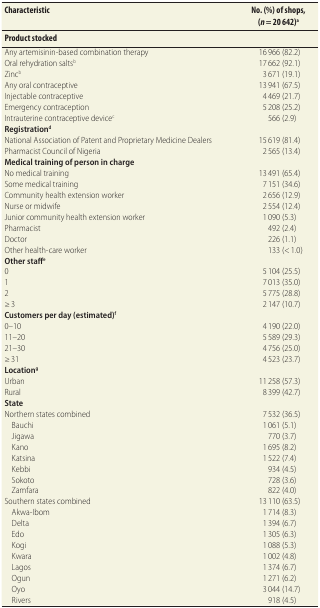
<table><thead><tr><td><b>Characteristic</b></td><td><b>No. (%) of shops, (<i>n</i> = 20 642)<sup>a</sup></b></td></tr><tr><td><b>Product stocked</b></td><td></td></tr></thead><tbody><tr><td>Any artemisinin-based combination therapy</td><td>16 966 (82.2)</td></tr><tr><td>Oral rehydration salts<sup>b</sup></td><td>17 662 (92.1)</td></tr><tr><td>Zinc<sup>b</sup></td><td>3 671 (19.1)</td></tr><tr><td>Any oral contraceptive</td><td>13 941 (67.5)</td></tr><tr><td>Injectable contraceptive</td><td>4 469 (21.7)</td></tr><tr><td>Emergency contraception</td><td>5 208 (25.2)</td></tr><tr><td>Intrauterine contraceptive device<sup>c</sup></td><td>566 (2.9)</td></tr><tr><td><b>Registration<sup>d</sup></b></td><td></td></tr><tr><td>National Association of Patent and Proprietary Medicine Dealers</td><td>15 619 (81.4)</td></tr><tr><td>Pharmacist Council of Nigeria</td><td>2 565 (13.4)</td></tr><tr><td><b>Medical training of person in charge</b></td><td></td></tr><tr><td>No medical training</td><td>13 491 (65.4)</td></tr><tr><td>Some medical training</td><td>7 151 (34.6)</td></tr><tr><td>Community health extension worker</td><td>2 656 (12.9)</td></tr><tr><td>Nurse or midwife</td><td>2 554 (12.4)</td></tr><tr><td>Junior community health extension worker</td><td>1 090 (5.3)</td></tr><tr><td>Pharmacist</td><td>492 (2.4)</td></tr><tr><td>Doctor</td><td>226 (1.1)</td></tr><tr><td>Other health-care worker</td><td>133 (&lt; 1.0)</td></tr><tr><td><b>Other staff<sup>e</sup></b></td><td></td></tr><tr><td>0</td><td>5 104 (25.5)</td></tr><tr><td>1</td><td>7 013 (35.0)</td></tr><tr><td>2</td><td>5 775 (28.8)</td></tr><tr><td>≥ 3</td><td>2 147 (10.7)</td></tr><tr><td><b>Customers per day (estimated)<sup>f</sup></b></td><td></td></tr><tr><td>0–10</td><td>4 190 (22.0)</td></tr><tr><td>11–20</td><td>5 589 (29.3)</td></tr><tr><td>21–30</td><td>4 756 (25.0)</td></tr><tr><td>≥ 31</td><td>4 523 (23.7)</td></tr><tr><td><b>Location<sup>g</sup></b></td><td></td></tr><tr><td>Urban</td><td>11 258 (57.3)</td></tr><tr><td>Rural</td><td>8 399 (42.7)</td></tr><tr><td><b>State</b></td><td></td></tr><tr><td>Northern states combined</td><td>7 532 (36.5)</td></tr><tr><td>Bauchi</td><td>1 061 (5.1)</td></tr><tr><td>Jigawa</td><td>770 (3.7)</td></tr><tr><td>Kano</td><td>1 695 (8.2)</td></tr><tr><td>Katsina</td><td>1 522 (7.4)</td></tr><tr><td>Kebbi</td><td>934 (4.5)</td></tr><tr><td>Sokoto</td><td>728 (3.6)</td></tr><tr><td>Zamfara</td><td>822 (4.0)</td></tr><tr><td>Southern states combined</td><td>13 110 (63.5)</td></tr><tr><td>Akwa-Ibom</td><td>1 714 (8.3)</td></tr><tr><td>Delta</td><td>1 394 (6.7)</td></tr><tr><td>Edo</td><td>1 305 (6.3)</td></tr><tr><td>Kogi</td><td>1 088 (5.3)</td></tr><tr><td>Kwara</td><td>1 002 (4.8)</td></tr><tr><td>Lagos</td><td>1 374 (6.7)</td></tr><tr><td>Ogun</td><td>1 271 (6.2)</td></tr><tr><td>Oyo</td><td>3 044 (14.7)</td></tr><tr><td>Rivers</td><td>918 (4.5)</td></tr></tbody></table>